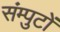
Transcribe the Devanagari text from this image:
संम्पुटों